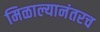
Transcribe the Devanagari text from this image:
मिळाल्यानंतरच